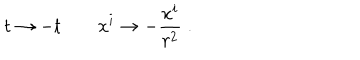
t \to - t \qquad x ^ { i } \to - { \frac { x ^ { i } } { r ^ { 2 } } } \; .